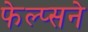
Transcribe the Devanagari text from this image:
फेल्प्सने